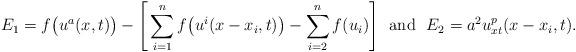
LaTeX: \begin{align*} E_1 = f\big(u^a(x,t)\big) - \Bigg[\sum_{i = 1}^n f\big(u^i(x-x_i,t)\big) - \sum_{i=2}^n f(u_i)\Bigg] \ \ {\rm and} \ \ E_2 = a^2 u^p_{xt}(x-x_i,t).\end{align*}